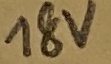
Text: 18V